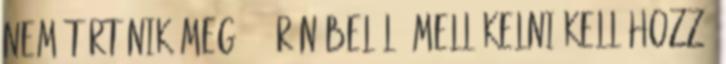
nem történik meg 72 órán belül, mellékelni kell hozzá